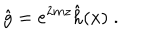
LaTeX: \hat { g } = e ^ { 2 m z } \hat { h } ( x ) \; .